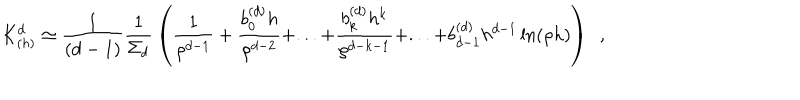
LaTeX: K _ { ( h ) } ^ { d } \simeq { \frac { 1 } { ( d - 1 ) } } { \frac { 1 } { \Sigma _ { d } } } \left( { \frac { 1 } { \rho ^ { d - 1 } } } + { \frac { b _ { 0 } ^ { ( d ) } h } { \rho ^ { d - 2 } } } + . . . + { \frac { b _ { k } ^ { ( d ) } h ^ { k } } { \rho ^ { d - k - 1 } } } + . . . + b _ { d - 1 } ^ { ( d ) } h ^ { d - 1 } \ln ( \rho h ) \right) ~ ~ ,